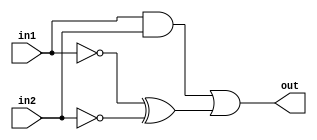
module comb_logic_block(
    input in1,
    input in2,
    output out
);

    wire not_in1, not_in2;

    assign not_in1 = ~in1;
    assign not_in2 = ~in2;

    assign out = (in1 & in2) | (not_in1 ^ not_in2);

endmodule